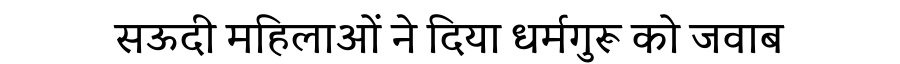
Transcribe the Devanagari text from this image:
सऊदी महिलाओं ने दिया धर्मगुरू को जवाब